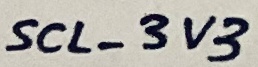
Text: SCL_3V3